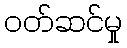
ဝတ်ဆင်မှု